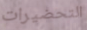
التحضيرات